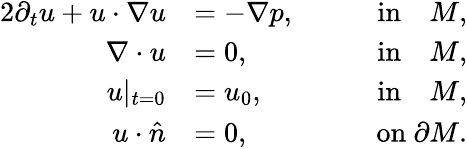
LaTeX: \begin{array}{rlr}{{2}\partial_{t}u+u\cdot\nabla u}&{=-\nabla p,}&{\qquad\mathrm{in}\quad M,}\\ {\nabla\cdot u}&{=0,}&{\qquad\mathrm{in}\quad M,}\\ {u|_{t=0}}&{=u_{0},}&{\qquad\mathrm{in}\quad M,}\\ {u\cdot\hat{n}}&{=0,}&{\qquad\mathrm{on}\ \partial M.}\end{array}